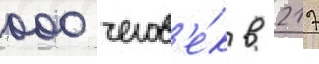
000 челов'е́к в 217